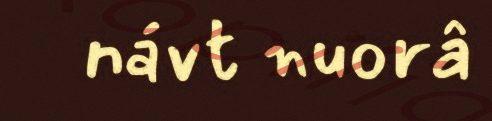
návt nuorâ